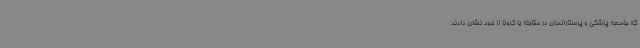
که جامعه پزشکی و پرستارانمان در مقابله با کرونا از خود نشان دادند